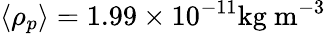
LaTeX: \langle\rho_{p}\rangle=1.99\times 10^{-11}\mathrm{kg\ m^{-3}}